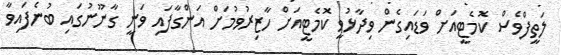
ލަތީފްވެސް ކޮމެޓީއަށް ވަޑައިގެން ވިދާޅުވީ ކޮމެޓީއަށް ހާޒިރުވުމަށް އަންގާފައި ވަނީ ގާނޫނުގައި ބުނެފައިވާ